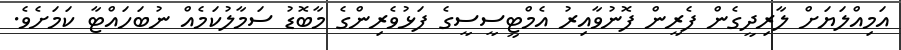
އަމިއްލަޔަށް ލާރިދީގެން ފެރީން ފޮނުވާއިރު އެމްޓީސީސީގެ ފަޅުވެރިންގެ މާބޮޑު ސަމާލުކަމެއް ނުބަހައްޓާ ކަމަށެވެ.